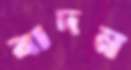
বাদন